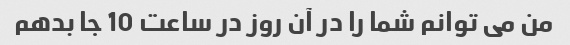
من می توانم شما را در آن روز در ساعت 10 جا بدهم